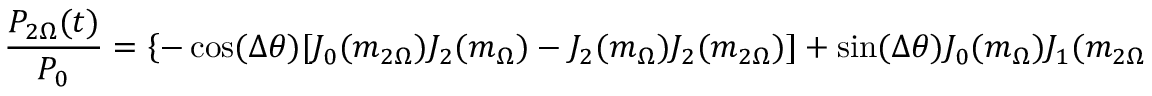
\frac { P _ { 2 \Omega } ( t ) } { P _ { 0 } } = \left\{ - \cos ( \Delta \theta ) [ J _ { 0 } ( m _ { 2 \Omega } ) J _ { 2 } ( m _ { \Omega } ) - J _ { 2 } ( m _ { \Omega } ) J _ { 2 } ( m _ { 2 \Omega } ) ] + \sin ( \Delta \theta ) J _ { 0 } ( m _ { \Omega } ) J _ { 1 } ( m _ { 2 \Omega } ) \right\} \cos 2 \Omega t